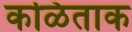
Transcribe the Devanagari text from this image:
कळिताक